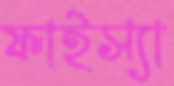
ফাইস্যা